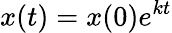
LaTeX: x(t)=x(0)e^{kt}